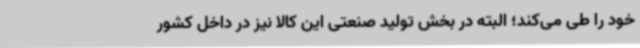
خود را طی می‌کند؛ البته در بخش تولید صنعتی این کالا نیز در داخل کشور